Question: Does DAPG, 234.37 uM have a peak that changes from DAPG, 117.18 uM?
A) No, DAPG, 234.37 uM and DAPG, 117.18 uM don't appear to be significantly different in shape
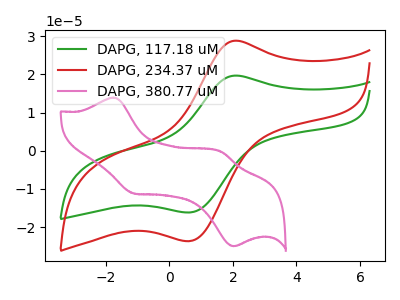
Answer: <think>The green curve "DAPG, 117.18 uM" has an anodic peak at (2.15V, 19.70uA) and a cathodic peak at (0.65V, -16.20uA). The red curve "DAPG, 234.37 uM" has an anodic peak at (2.15V, 28.85uA) and a cathodic peak at (0.65V, -23.70uA). The pink curve "DAPG, 380.77 uM" has anodic peaks at (-1.75V, 13.90uA) (1.65V, -0.30uA) and cathodic peaks at (-1.10V, -11.15uA) (2.00V, -25.00uA).
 All the peaks in "DAPG, 234.37 uM" have a peak in "DAPG, 117.18 uM" at the same potential. Every peak in "DAPG, 234.37 uM" is higher than every peak in "DAPG, 117.18 uM".</think>
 <answer>A) No, "DAPG, 234.37 uM" and "DAPG, 117.18 uM" don't appear to be significantly different in shape</answer>
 <eval>A</eval>